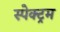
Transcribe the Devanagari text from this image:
स्‍पेक्‍ट्रम